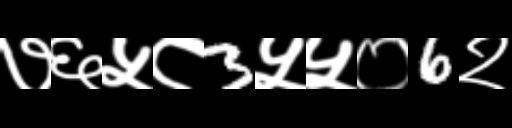
Text: ७६५८3५५०6२